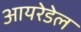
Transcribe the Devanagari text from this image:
आयरेडेल